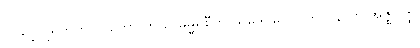
ဝိဝဋ္ဋေ ပူရိတကာလတော တိသု ဓမ္မရုစီတိ သမုဒ္ဒဝဂ္ဂေါ ဝိဘာဝိနာတိ အဇ္ဈဂုတ္ထ